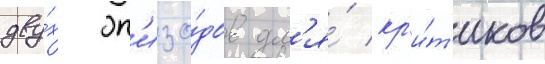
дву́х эп'изо́дов дл'я́ кр'и́т'иков